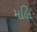
મલિ